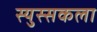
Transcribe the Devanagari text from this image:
स्युस्सकला